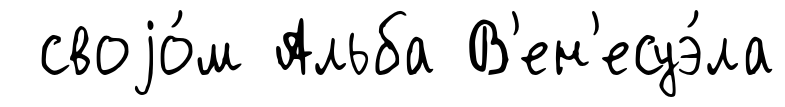
своjо́м Альба В'ен'есуэ́ла